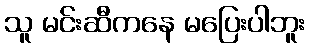
သူ မင်းဆီကနေ မပြေးပါဘူး